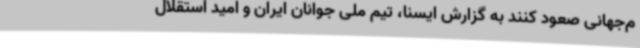
م‌جهانی صعود کنند به گزارش ایسنا، تیم ملی جوانان ایران و امید استقلال